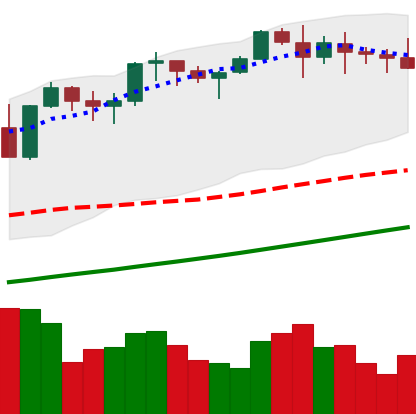
Ticker: ETH-USD
Chart end date: 2021-11-15
Forward return: -3.238%
Label: down_3_5